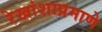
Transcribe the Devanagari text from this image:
रेखांशाप्रमाणे